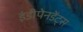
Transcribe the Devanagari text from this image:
इंडीपेनडेंट्स